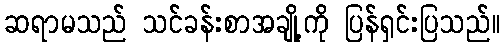
ဆရာမသည် သင်ခန်းစာအချို့ကို ပြန်ရှင်းပြသည်။